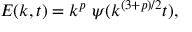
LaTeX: { \cal E } ( k , t ) = k ^ { p } ~ \psi ( k ^ { ( 3 + p ) / 2 } t ) ,